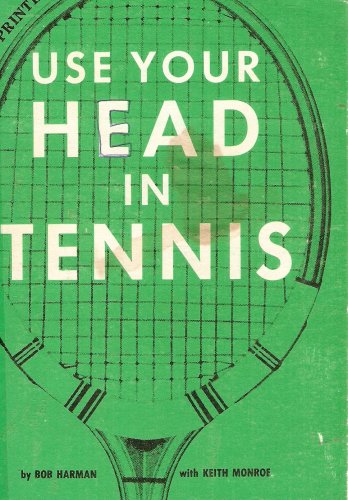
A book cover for Use Your Head in Tennis; Bob Harman; Sports & Outdoors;